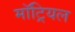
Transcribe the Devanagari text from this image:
मॉट्रियल